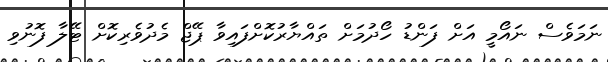
ނަމަވެސް ނައޯމީ އަށް ފަންޑު ހޯދުމަށް ތައްޔާރުކޮށްފައިވާ ޕޭޖް މެދުވެރިކޮށް ޓޭލާ ފޮނުވި